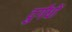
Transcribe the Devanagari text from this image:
दुर्गंधों